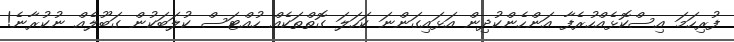
ފުރިހަމަ އިސްކޮޅެއްހުރެފާ އަންހެންކުދިން އަޅައިގަންނަ ކަހަލަ ގޮތްތަކެއް ހުއްޓަސް ކުލަބަކުން ގަބޫލެއް ނުކުރާނެ!